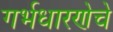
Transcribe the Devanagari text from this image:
गर्भधारणेचे